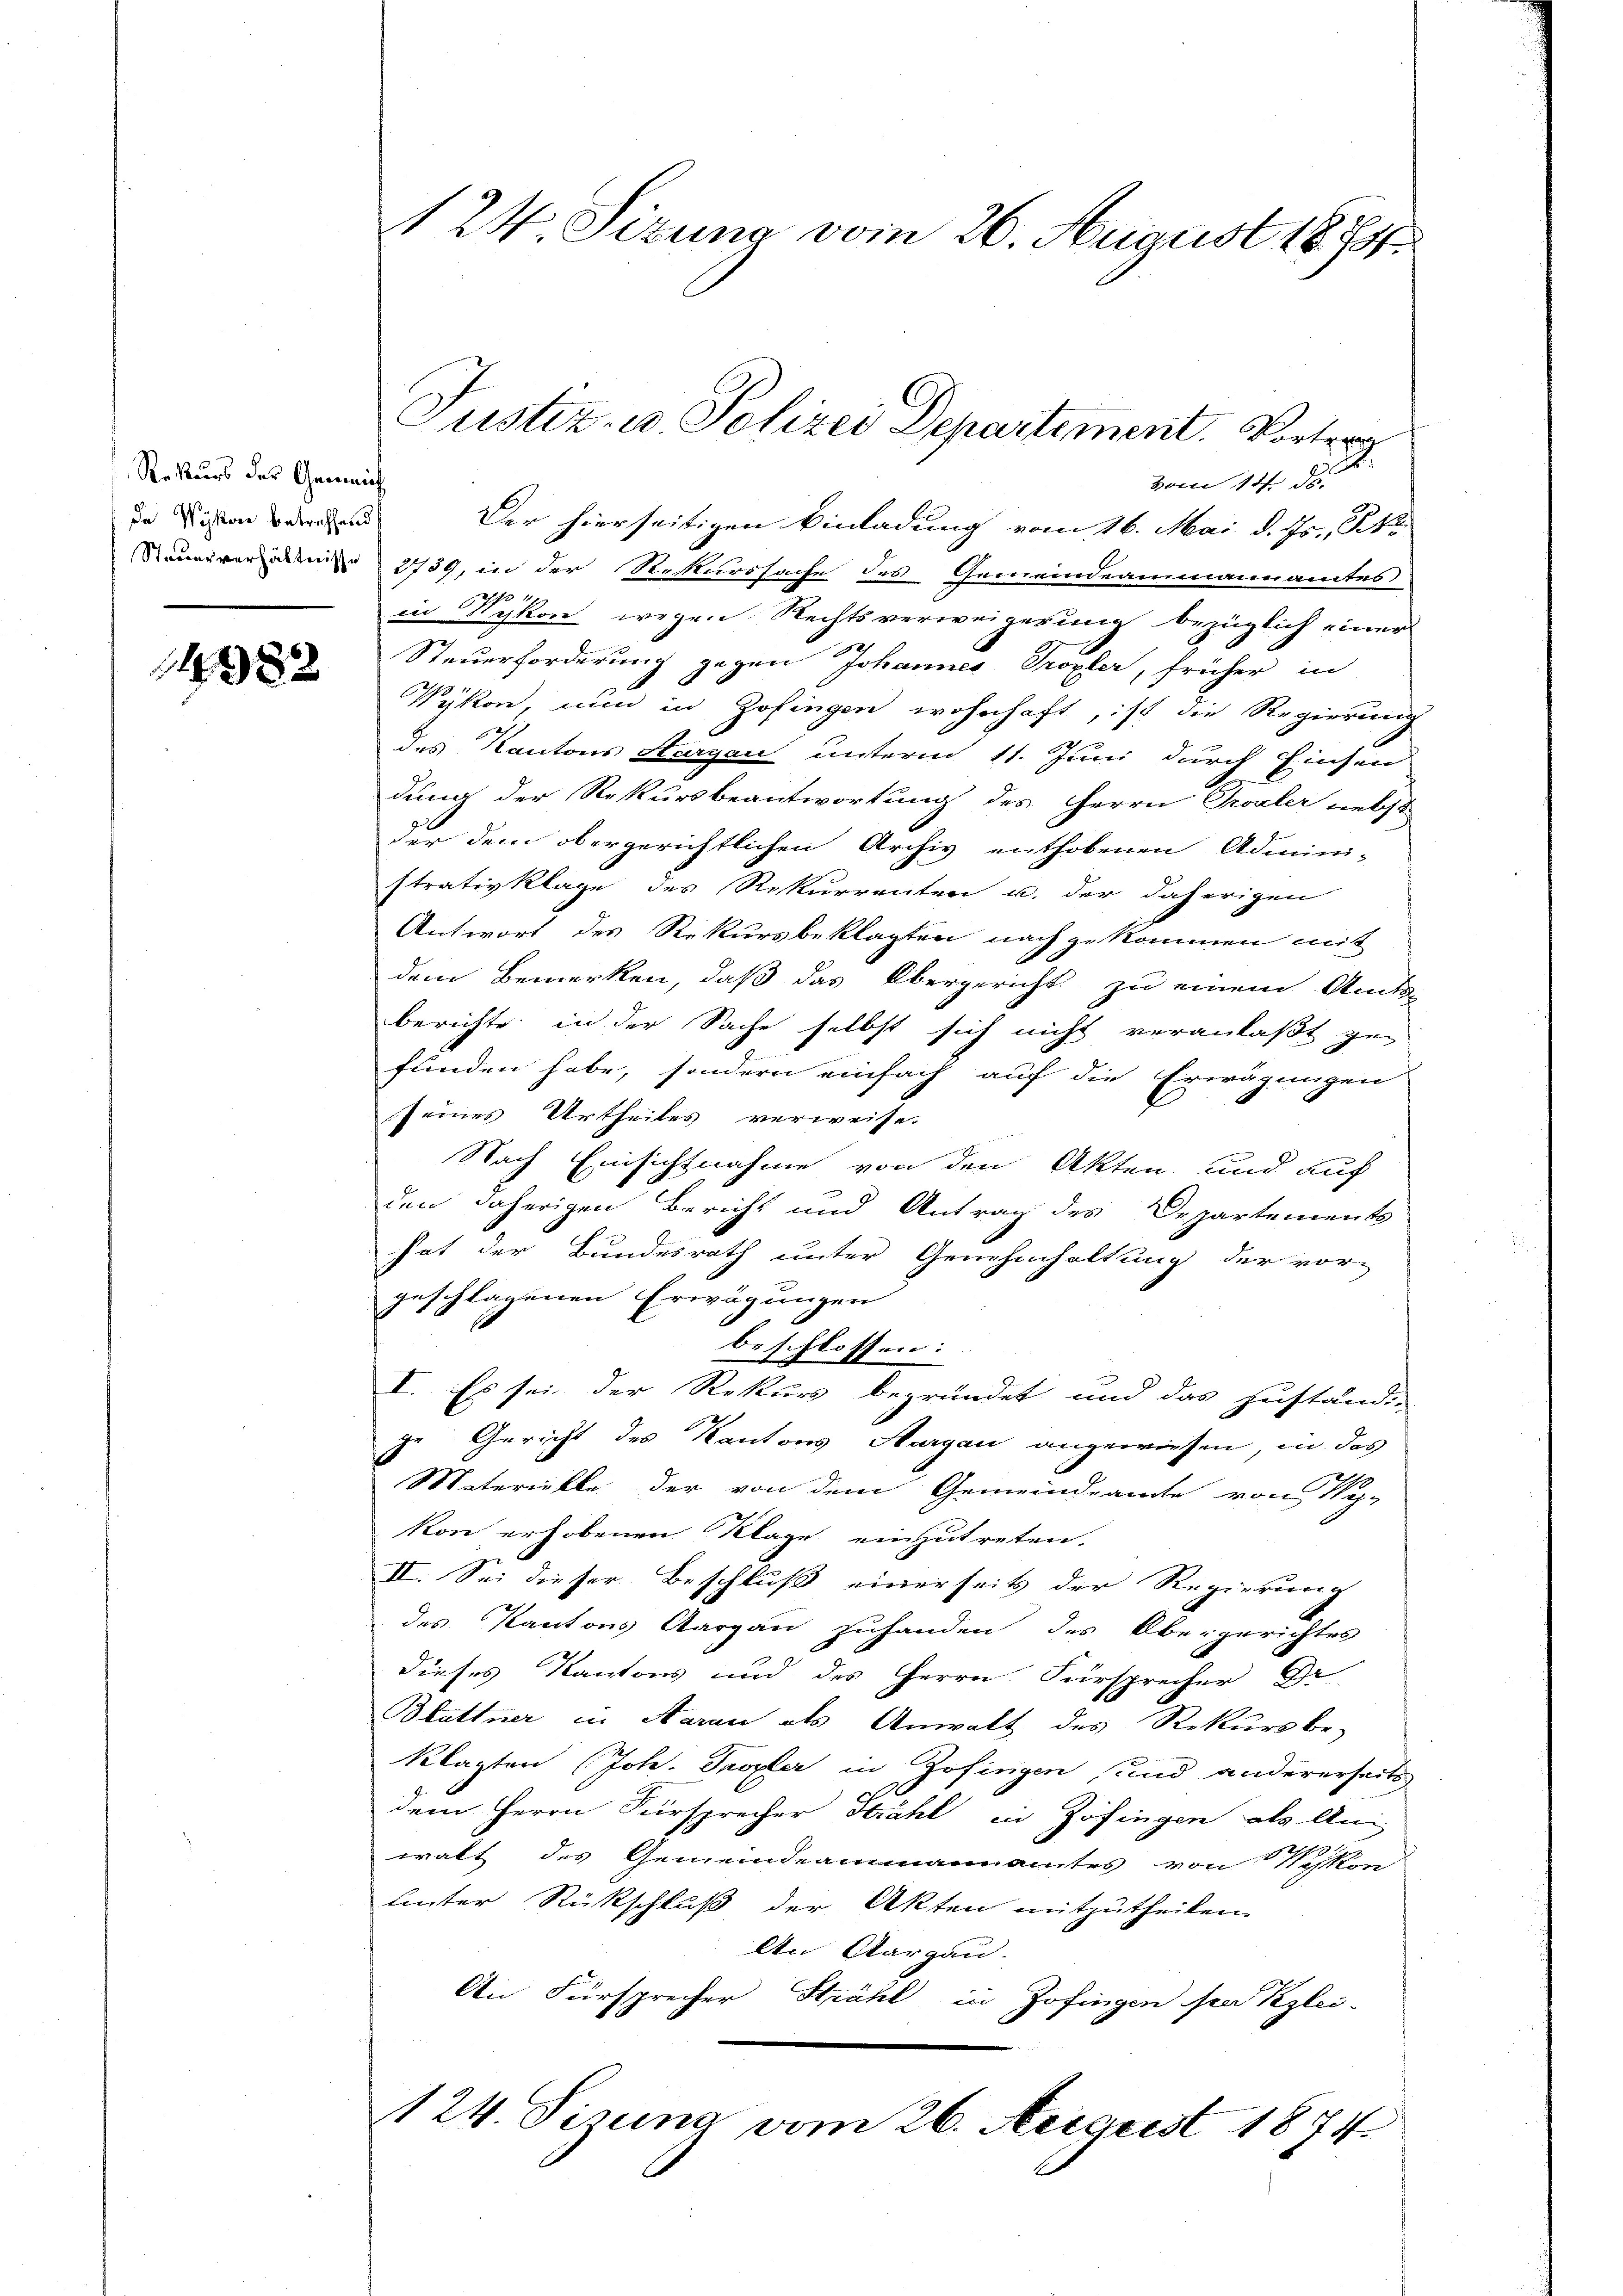
Rekurs der Gemein
da Weiskon betreffend
Steuerverhältnisse

1982

A 24. Sizung vom 26. August 1888

vom 14. ds.
Der hierseitigen Einladung vom 16. Mai d. Js., N
2789, in der Rekurssache des Gemeindeammannamtes
in Wykon wegen Rechtsverweigerung bezüglich einer
Steuerforderung gegen Johannes Tropfer, früher in
Wykon, nun in Zofingen wohnhaft, ist die Regierung
des Kantons Aargau unterm 11. Juni durch Einsen
dung der Rekursbeantwortung des Herrn Proaler nebst
der dem obergerichtlichen Archiv enthobenen Admini-
strativklage des Rekurrenten u. der daherigen
Antwort des Rekursbeklagten nach zukommen mit
dem Bemerken, daß das Obergericht zu einem Amts
berichte in der Sache selbst sich nicht veranlaßt ge-
funden habe, sondern einfach auf die Erwägungen
seines Urtheiles verweisen
Nach Einsichtnahme von den Akten und auf
den daherigen Bericht und Antrag des Departements
hat der Bundesrath unter Genehmhaltung der vor-
geschlagenen Erwägungen
beschlossen:
I. Es sei der Rekurs begründet und das Juständi-
ir Gericht des Kantons Aargau angewiesen, in das
Materielle der von dem Gemeindeamte von No-
kon erhobenen Klage einzutreten.
II. Sei dieser Beschluß einerseits der Regierung
des Kantons Aargau zuhanden des Obergerichtes
dieses Kantons und des Herrn Fürsprecher Dr
Blattner in Aarau als Anwalt des Rekursbe-
klagten (Joh. Tropfer in Zofingen und andererseits
dem Herrn Fürsprecher Strahl in Zofingen als Ani
walt des Gemeindeammannamtes von Pisken
Lnter Rückschluß der Akten mitzutheilen.
An Aargau.
An Fürsprecher Strahl in Zofingen sei Kzlei-
124. Simina vom 26. August 1874

Justiz- u. Polizei Departement. Vortrag